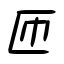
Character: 匝